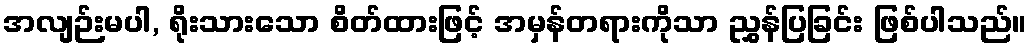
အလျဉ်းမပါ, ရိုးသားသော စိတ်ထားဖြင့် အမှန်တရားကိုသာ ညွှန်ပြခြင်း ဖြစ်ပါသည်။